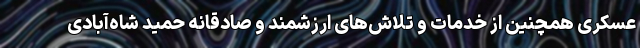
عسکری همچنین از خدمات و تلاش‌های ارزشمند و صادقانه حمید شاه‌آبادی